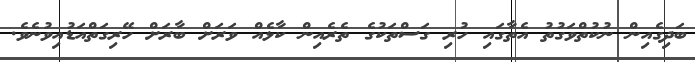
ބަދިގެއިން ނުކުތްވަގުތު އެތާގައި ހުރި ގަސްތަކުގެ ތެރެއިން ކާޅެއް ވަރަށް ބާރަށް ހޭރިގަތްއަޑުއިވުނެވެ.